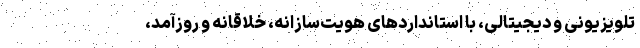
تلویزیونی و دیجیتالی، با استانداردهای هویت‌سازانه، خلاقانه و روزآمد،